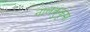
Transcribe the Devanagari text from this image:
नालकुंकुमा